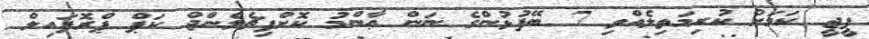
ޕީޖީ ކަމަށް ކުރިމަތިލެއްވި 7 ބޭފުޅުންގެ ނަން ޢާންމު ކޮށްފިޗެލެންޖް ކަޕް ޕްރޮފައިލް